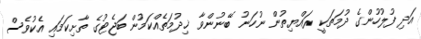
އަދި ފުލުހުންގެ ދުމަތަކީ ރައްޔިތުން ނުހަނު ބޭނުންވާ ޚިދުމަތެއްކަމުން ބަޖެޓުގެ ތާށިކަމައި އެކުވެސް